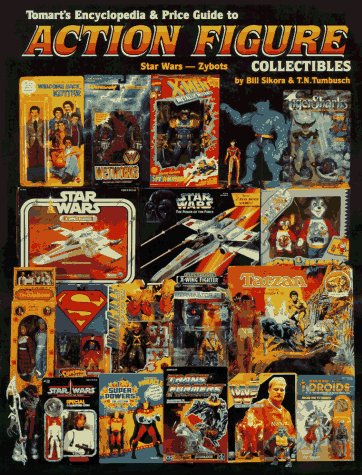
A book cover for Tomarts Encyclopedia & Price Guide to Action Figure Collectibles, Vol. 3: Star Wars-Zybots; Bill Sikora; Crafts, Hobbies & Home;